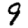
Digit: 9